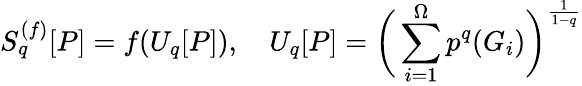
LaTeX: S_{q}^{(f)}[P]=f(U_{q}[P]),\quad U_{q}[P]=\bigg(\sum_{i=1}^{\Omega}p^{q}(G_{i})\bigg)^{\frac{1}{1-q}}